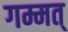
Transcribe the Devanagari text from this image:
गम्मत्